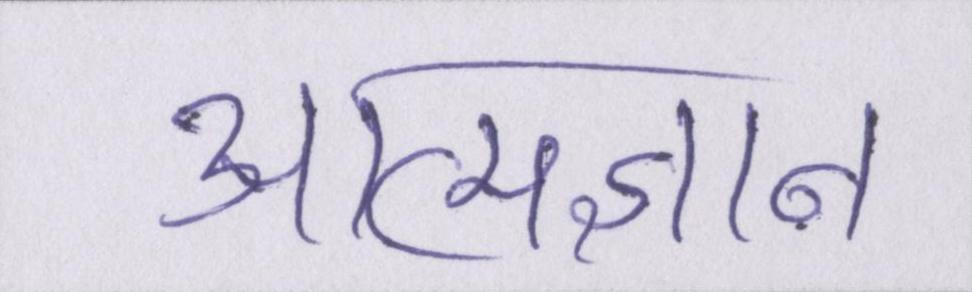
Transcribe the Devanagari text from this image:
आत्मज्ञान